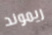
ريموند